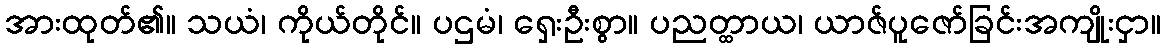
အားထုတ်၏။ သယံ၊ ကိုယ်တိုင်။ ပဌမံ၊ ရှေးဦးစွာ။ ပညတ္ထာယ၊ ယာဇ်ပူဇော်ခြင်းအကျိုးငှာ။